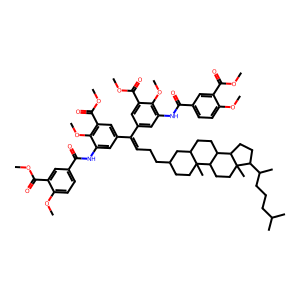
SMILES: COC(=O)c1cc(C(=O)Nc2cc(C(=CCCC3CCC4(C)C(CCC5C4CCC4(C)C(C(C)CCCC(C)C)CCC54)C3)c3cc(NC(=O)c4ccc(OC)c(C(=O)OC)c4)c(OC)c(C(=O)OC)c3)cc(C(=O)OC)c2OC)ccc1OC
Inhibits HIV replication: No